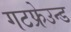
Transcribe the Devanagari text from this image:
गटफ्रेउन्ड